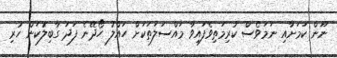
ނޫން ކަމަށާއި ނަމަވެސް ކުރިމަތިވެފައިވާ މައްސަލަތަކަށް ހައްލު ހޯދޭނެ ފަދަ ގާބިލުކަން ހުރި